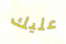
عليك